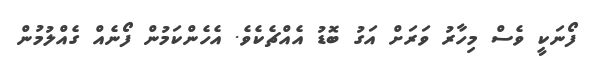
ފޯނަކީ ވެސް މިހާރު ވަރަށް އަގު ބޮޑު އެއްޗެކެވެ. އެހެންކަމުން ފޯނެއް ގެއްލުމުން